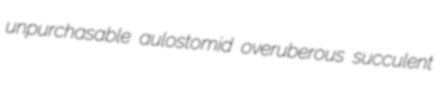
unpurchasable aulostomid overuberous succulent